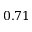
0 . 7 1